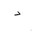
Letter: _dal